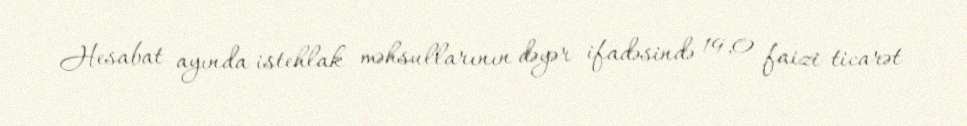
Hesabat ayında istehlak məhsullarının dəyər ifadəsində 19,0 faizi ticarət